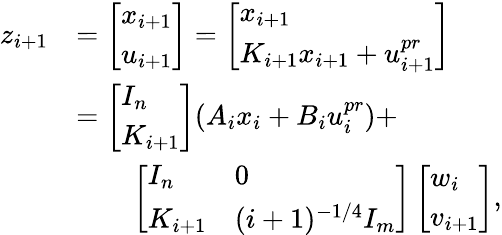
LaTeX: \begin{array}{rl}{z_{i+1}}&{=\left[\begin{array}{l}{x_{i+1}}\\ {u_{i+1}}\end{array}\right]=\left[\begin{array}{l}{x_{i+1}}\\ {K_{i+1}x_{i+1}+u_{i+1}^{pr}}\end{array}\right]}\\ &{=\left[\begin{array}{l}{I_{n}}\\ {K_{i+1}}\end{array}\right](A_{i}x_{i}+B_{i}u_{i}^{pr})+}\\ &{\qquad\left[\begin{array}{ll}{I_{n}}&{0}\\ {K_{i+1}}&{(i+1)^{-1/4}I_{m}}\end{array}\right]\left[\begin{array}{l}{w_{i}}\\ {v_{i+1}}\end{array}\right],}\end{array}